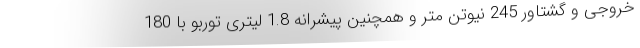
خروجی و گشتاور 245 نیوتن متر و همچنین پیشرانه 1.8 لیتری توربو با 180